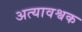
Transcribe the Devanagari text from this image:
अत्यावश्वक